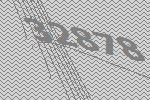
32878